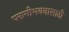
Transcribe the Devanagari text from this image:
परागीभवनासाठी